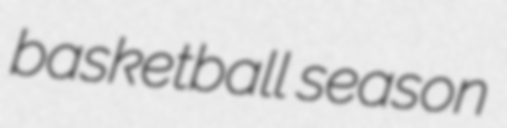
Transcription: basketball season